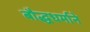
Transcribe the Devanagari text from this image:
बौद्धधर्माने